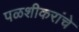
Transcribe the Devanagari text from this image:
पळशीकरांचे